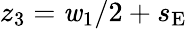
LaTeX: z_{3}=\mathit{w}_{1}/2+s_{\mathrm{{E}}}